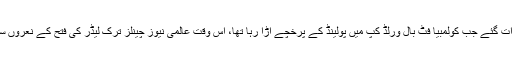
اتوار کی شام بلکہ رات گئے جب کولمبیا فٹ بال ورلڈ کپ میں پولینڈ کے پرخچے اڑا رہا تھا، اس وقت عالمی نیوز چینلز ترک لیڈر کی فتح کے نعروں سے گونج رہے تھے۔